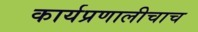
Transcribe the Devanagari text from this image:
कार्यप्रणालीचाच